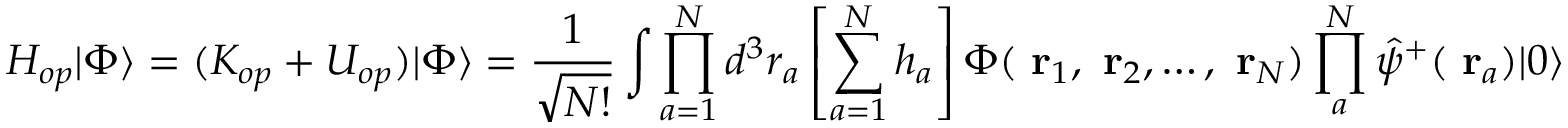
H _ { o p } | \Phi \rangle = ( K _ { o p } + U _ { o p } ) | \Phi \rangle = \frac { 1 } { \sqrt { N ! } } \int \prod _ { a = 1 } ^ { N } d ^ { 3 } r _ { a } \left[ \sum _ { a = 1 } ^ { N } h _ { a } \right] \Phi ( \mathrm { \bf ~ r } _ { 1 } , \mathrm { \bf ~ r } _ { 2 } , \dots , \mathrm { \bf ~ r } _ { N } ) \prod _ { a } ^ { N } \hat { \psi } ^ { + } ( \mathrm { \bf ~ r } _ { a } ) | 0 \rangle